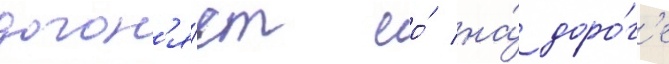
догон'я́ет ео́ на́ доро́г'е